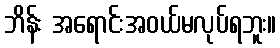
ဘိန်း အရောင်းအဝယ်မလုပ်ရဘူး။